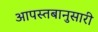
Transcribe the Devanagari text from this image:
आपस्तबानुसारी